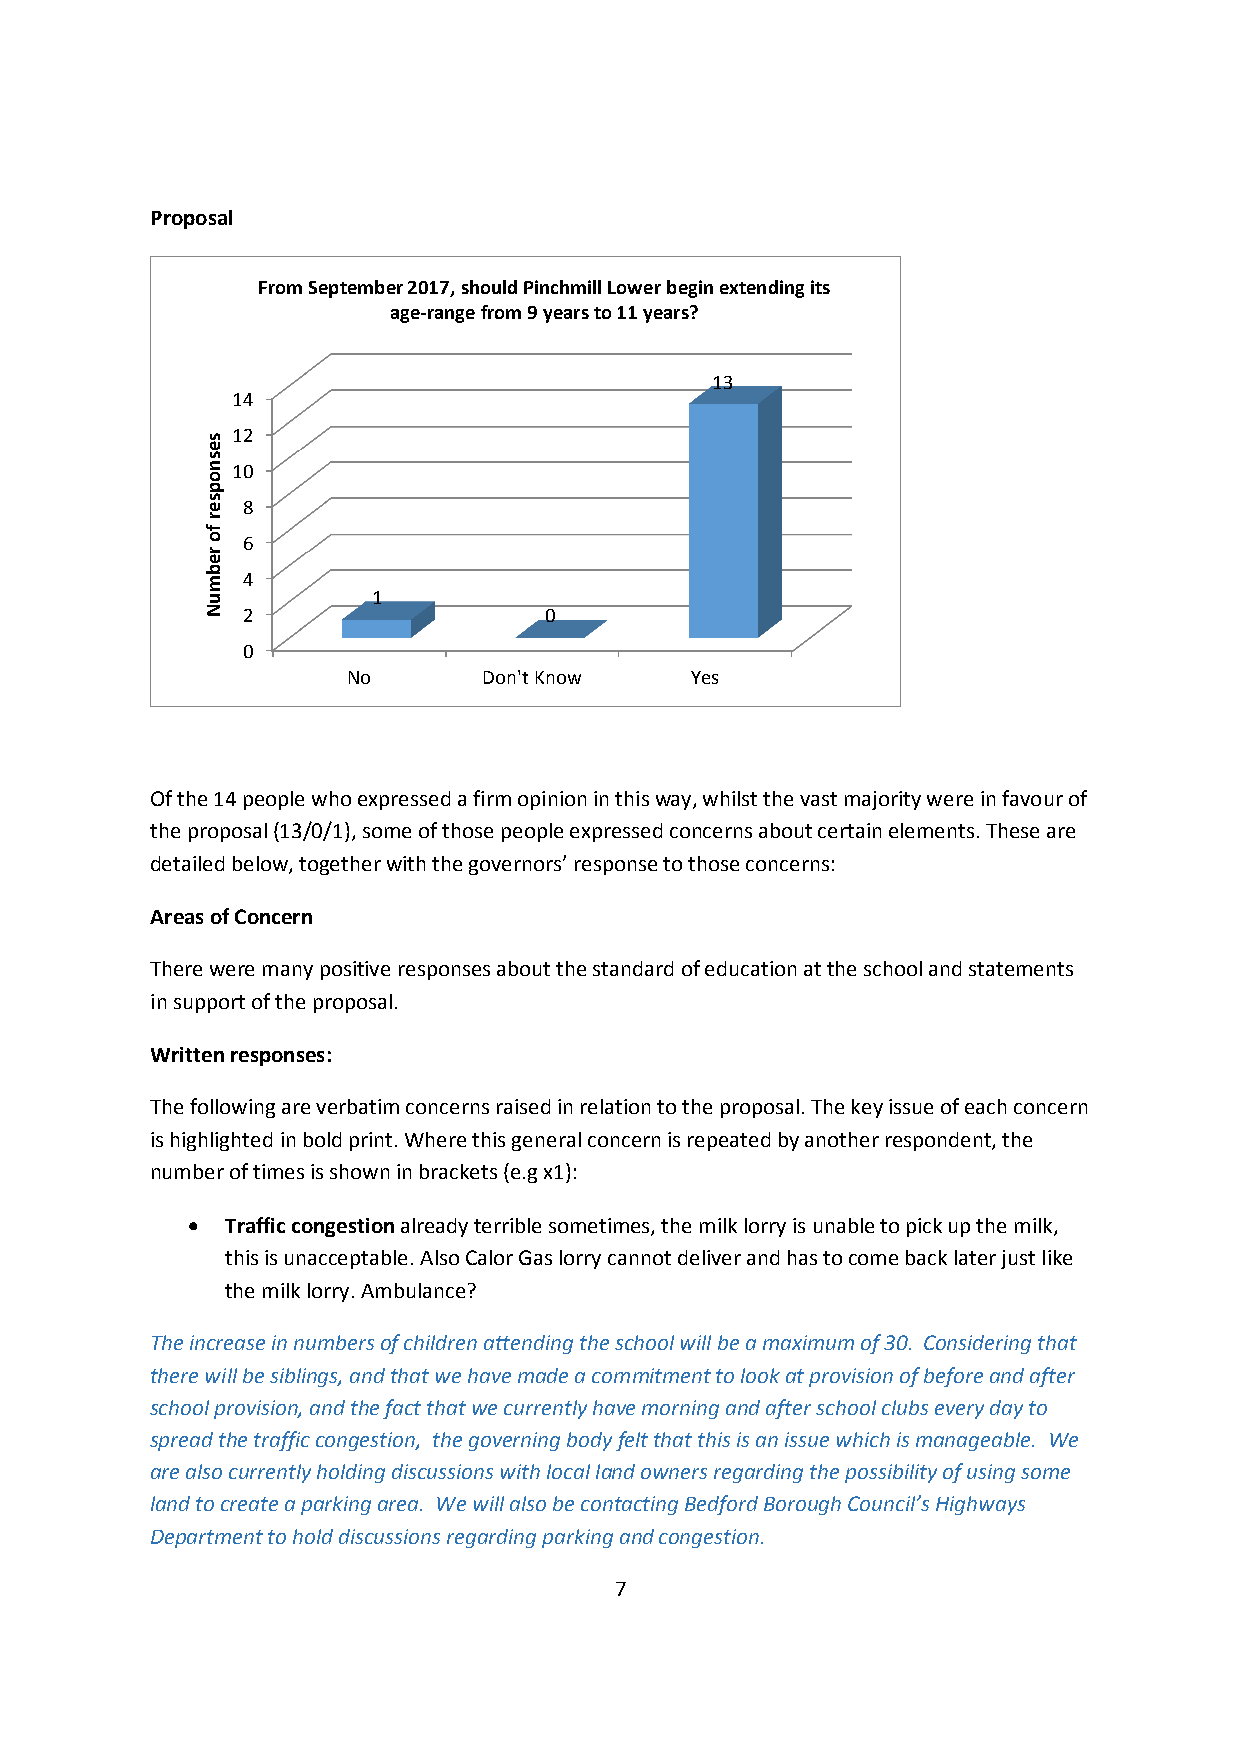
Proposal
 From September 2017, should Pinchmill Lower begin extending its
 age-range from 9 years to 11 years?
 13
 14
 12
 10
 8
 6
 4
 1
 2                   0
 0
 No       Don't Know    Yes
 Of the 14 people who expressed a firm opinion in this way, whilst the vast majority were in favour of
 the proposal (13/0/1), some of those people expressed concerns about certain elements. These are
 detailed below, together with the governors’ response to those concerns:
 Areas of Concern
 There were many positive responses about the standard of education at the school and statements
 in support of the proposal.
 Written responses:
 The following are verbatim concerns raised in relation to the proposal. The key issue of each concern
 is highlighted in bold print. Where this general concern is repeated by another respondent, the
 number of times is shown in brackets (e.g x1):
 •  Traffic congestion already terrible sometimes, the milk lorry is unable to pick up the milk,
 this is unacceptable. Also Calor Gas lorry cannot deliver and has to come back later just like
 the milk lorry. Ambulance?
 The increase in numbers of children attending the school will be a maximum of 30. Considering that
 there will be siblings, and that we have made a commitment to look at provision of before and after
 school provision, and the fact that we currently have morning and after school clubs every day to
 spread the traffic congestion, the governing body felt that this is an issue which is manageable. We
 are also currently holding discussions with local land owners regarding the possibility of using some
 land to create a parking area. We will also be contacting Bedford Borough Council’s Highways
 Department to hold discussions regarding parking and congestion.
 7
 sesnopser
 fo
 rebmuN